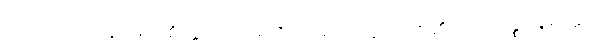
ကာယဝသေန၊ ဖြင့်။ စိတ္တံ၊ ကို။ ပရိဏာမေတိ၊ ညွတ်စေ၏။ ပါဒကဇ္ဈာနစိတ္တံ၊